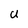
Character: U